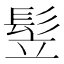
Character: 𩬦